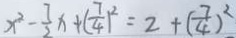
x ^ { 2 } - \frac { 7 } { 2 } x + ( \frac { 7 } { 4 } ) ^ { 2 } = 2 + ( \frac { 7 } { 4 } ) ^ { 2 }